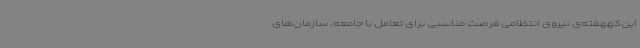
این‌کههفته‌ی نیروی انتظامی فرصت مناسبی برای تعامل با جامعه، سازمان‌های